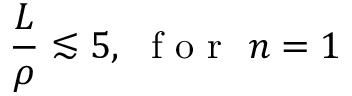
\frac { L } { \rho } \lesssim 5 , \ \mathrm { ~ f ~ o ~ r ~ } \ n = 1